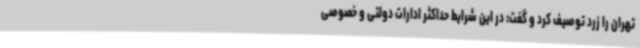
تهران را زرد توصیف کرد و گفت: در این شرایط حداکثر ادارات دولتی و خصوصی